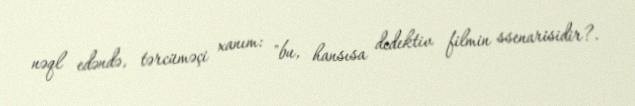
nəql edəndə, tərcüməçi xanım: "bu, hansısa dedektiv filmin ssenarisidir?.